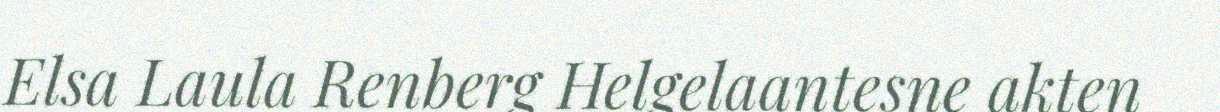
Elsa Laula Renberg Helgelaantesne akten